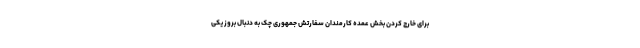
برای خارج کردن بخش عمده کارمندان سفارتش جمهوری چک به دنبال بروز یکی